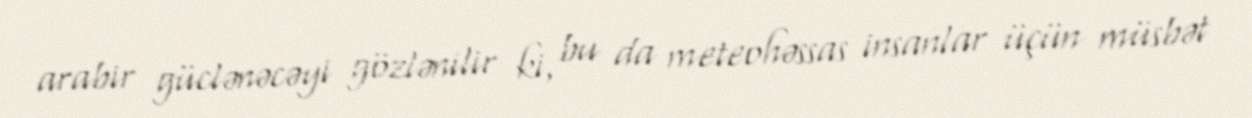
arabir güclənəcəyi gözlənilir ki, bu da meteohəssas insanlar üçün müsbət